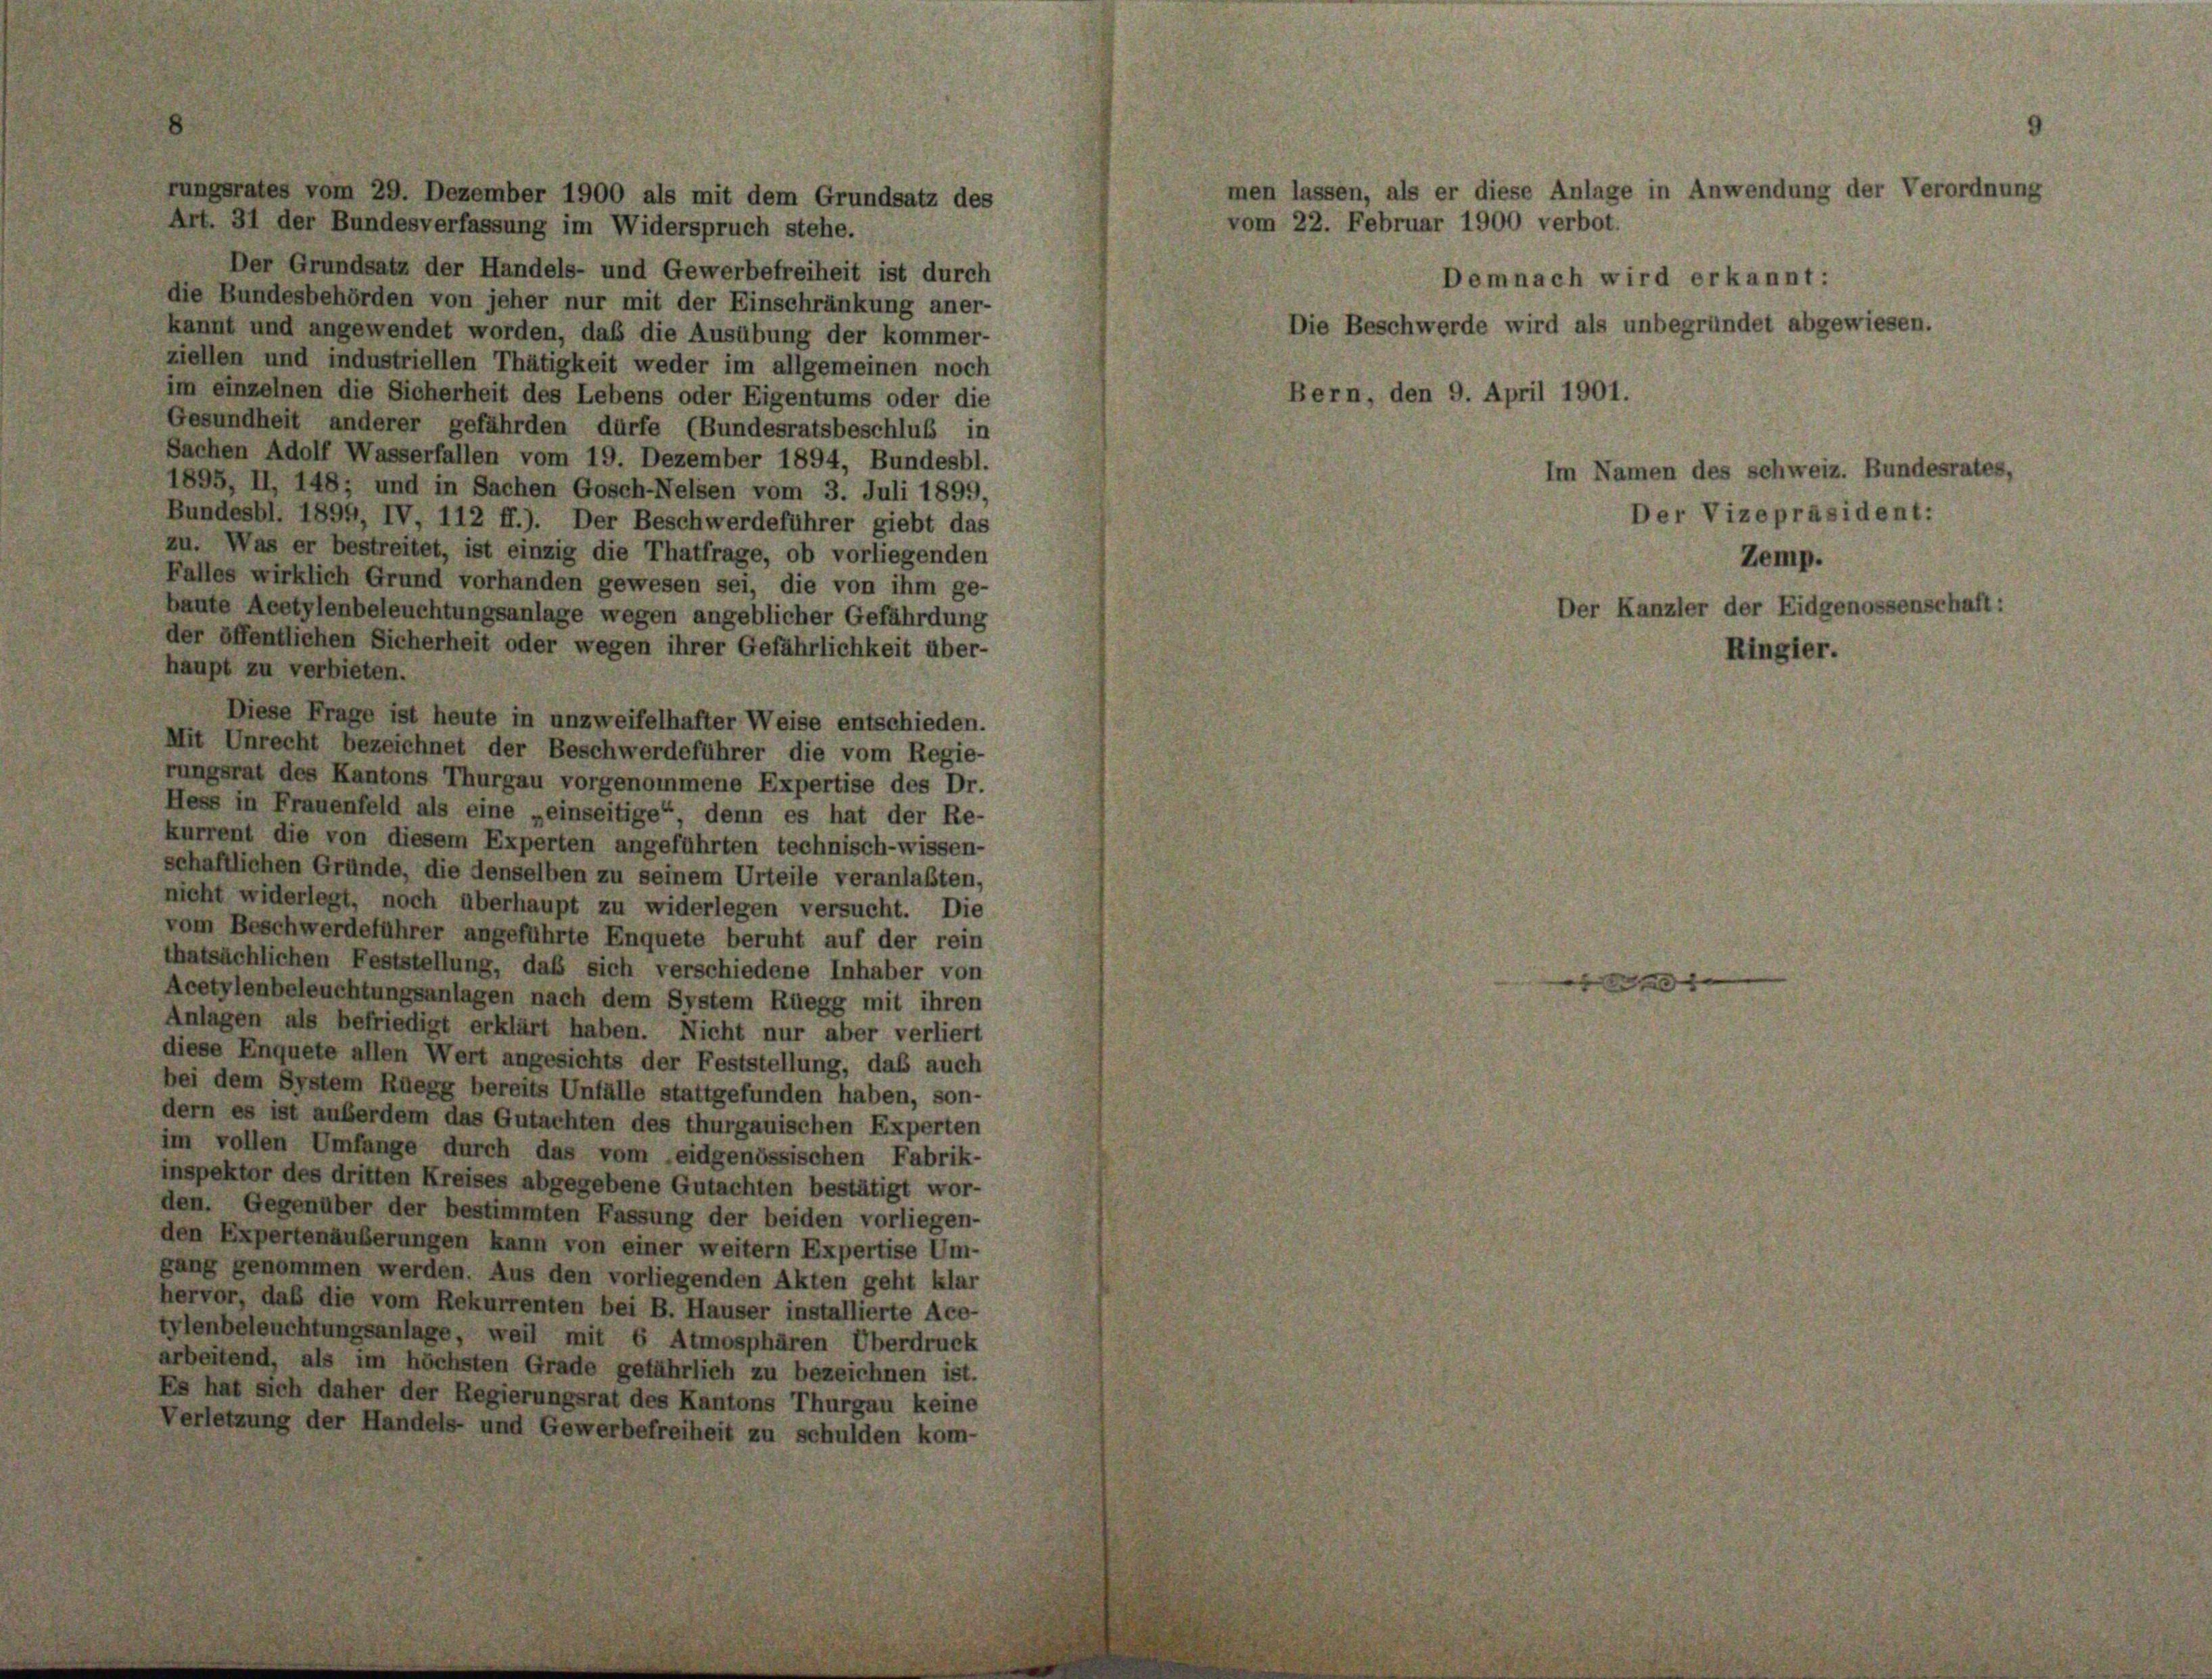
rungsrates vom 29. Dezember 1900 als mit dem Grundsatz des
Art. 31 der Bundesverfassung im Widerspruch stehe.
Der Grundsatz der Handels- und Gewerbefreiheit ist durch
die Bundesbehörden von jeher nur mit der Einschränkung aner-
kannt und angewendet worden, daß die Ausübung der kommer-
ziellen und industriellen Thätigkeit weder im allgemeinen noch
im einzelnen die Sicherheit des Lebens oder Eigentums oder die
Gesundheit anderer gefährden dürfe (Bundesratsbeschluß in
Sachen Adolf Wasserfallen vom 19. Dezember 1894, Bundesbl.
1895, II, 148; und in Sachen Gosch-Nelsen vom 3. Juli 1899,
Bundesbl. 1894, IV, 112 ff.). Der Beschwerdeführer giebt das
zu. Was er bestreitet, ist einzig die Thatfrage, ob vorliegenden
Falles wirklich Grund vorhanden gewesen sei, die von ihm ge-
baute Acetylenbeleuchtungsanlage wegen angeblicher Gefährdung
der öffentlichen Sicherheit oder wegen ihrer Gefährlichkeit über-
haupt zu verbieten.
Diese Frage ist heute in unzweifelhafter Weise entschieden.
Mit Unrecht bezeichnet der Beschwerdeführer die vom Regie-
rungsrat des Kantons Thurgau vorgenommene Expertise des Dr.
Hess in Frauenfeld als eine „einseitige“, denn es hat der Re-
kurrent die von diesem Experten angeführten technisch-wissen-
schaftlichen Gründe, die denselben zu seinem Urteile veranlaßten,
nicht widerlegt, noch überhaupt zu widerlegen versucht. Die
vom Beschwerdeführer angeführte Enquete beruht auf der rein
thatsächlichen Feststellung, daß sich verschiedene Inhaber von
Acetylenbeleuchtungsanlagen nach dem System Rüegg mit ihren
Anlagen als befriedigt erklärt haben. Nicht nur aber verliert
diese Enquete allen Wert angesichts der Feststellung, daß auch
bei dem System Rüegg bereits Unfälle stattgefunden haben, son-
dern es ist auferdem das Gutachten des thurgauischen Experten
im vollen Umfange durch das vom eidgenössischen Fabrik-
inspektor des dritten Kreises abgegebene Gutachten bestätigt wor-
den. Gegenüber der bestimmten Fassung der beiden vorliegen-
den Expertenäußerungen kann von einer weitern Expertise Um-
gang genommen werden. Aus den vorliegenden Akten geht klar
hervor, daß die vom Rekurrenten bei B. Hauser installierte Ace-
tylenbeleuchtungsanlage, weil mit 6 Atmosphären Überdruck
arbeitend, als im höchsten Grade gefährlich zu bezeichnen ist.
Es hat sich daher der Regierungsrat des Kantons Thurgau keine
Verletzung der Handels- und Gewerbefreiheit zu schulden kom-

Demnach wird erkannt:
Die Beschwerde wird als unbegrün
Bern, den 9. April 1901.

vom 22. Februar 1900 verbot.

in lassen, als er diese Anlage in Anwendung der Verordnung

Im Namen des schweiz. Bundesrates,
Der Vizepräsident:
Zemp.
Der Kanzler der Eidgenossenschaft:

t abg

r.